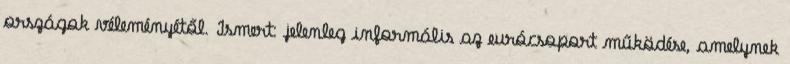
országok véleményétől. Ismert: jelenleg informális az eurócsoport működése, amelynek